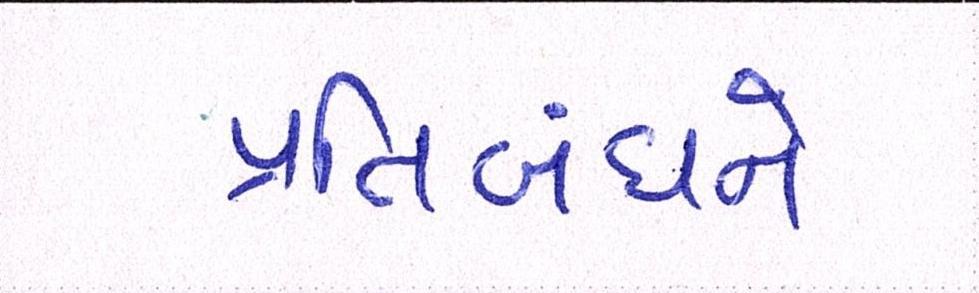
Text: પ્રતિબંધને